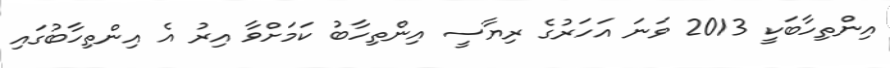
އިންތިހާބަކީ 2013 ވަނަ އަހަރުގެ ރިޔާސީ އިންތިހާބު ކަމަށްވާ އިރު އެ އިންތިހާބުގައި